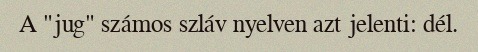
A "jug" számos szláv nyelven azt jelenti: dél.